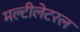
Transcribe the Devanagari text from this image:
मल्टीलेटरल